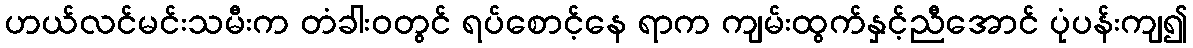
ဟယ်လင်မင်းသမီးက တံခါးဝတွင် ရပ်စောင့်နေ ရာက ကျမ်းထွက်နှင့်ညီအောင် ပုံပန်းကျ၍